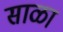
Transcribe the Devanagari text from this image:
साळा